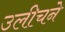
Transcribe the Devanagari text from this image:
उलीचने